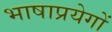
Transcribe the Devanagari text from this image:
भाषाप्रयेगों